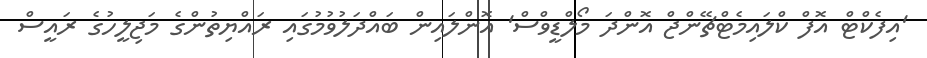
'އިފެކްޓް އޮފް ކްލައިމެޓްޗޭންޖް އޮންދަ މޯލްޑީވްސް' އޮންލައިން ބައްދަލުވުމުގައި ރައްޔިތުންގެ މަޖިލީހުގެ ރައީސް